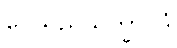
ပေသုညသိက္ခာပဒံ